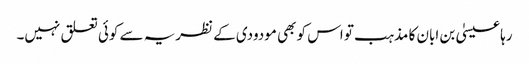
رہا عیسیٰ بن ابان کا مذہب تو اس کو بھی مودودی کے نظریہ سے کوئی تعلق نہیں۔